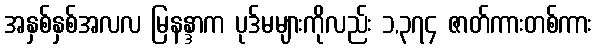
အနှစ်နှစ်အလလ မြနန္ဒာက ပုဒ်မများကိုလည်း ၁,၃၇၄ ဇာတ်ကားတစ်ကား